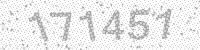
Solution: 171451